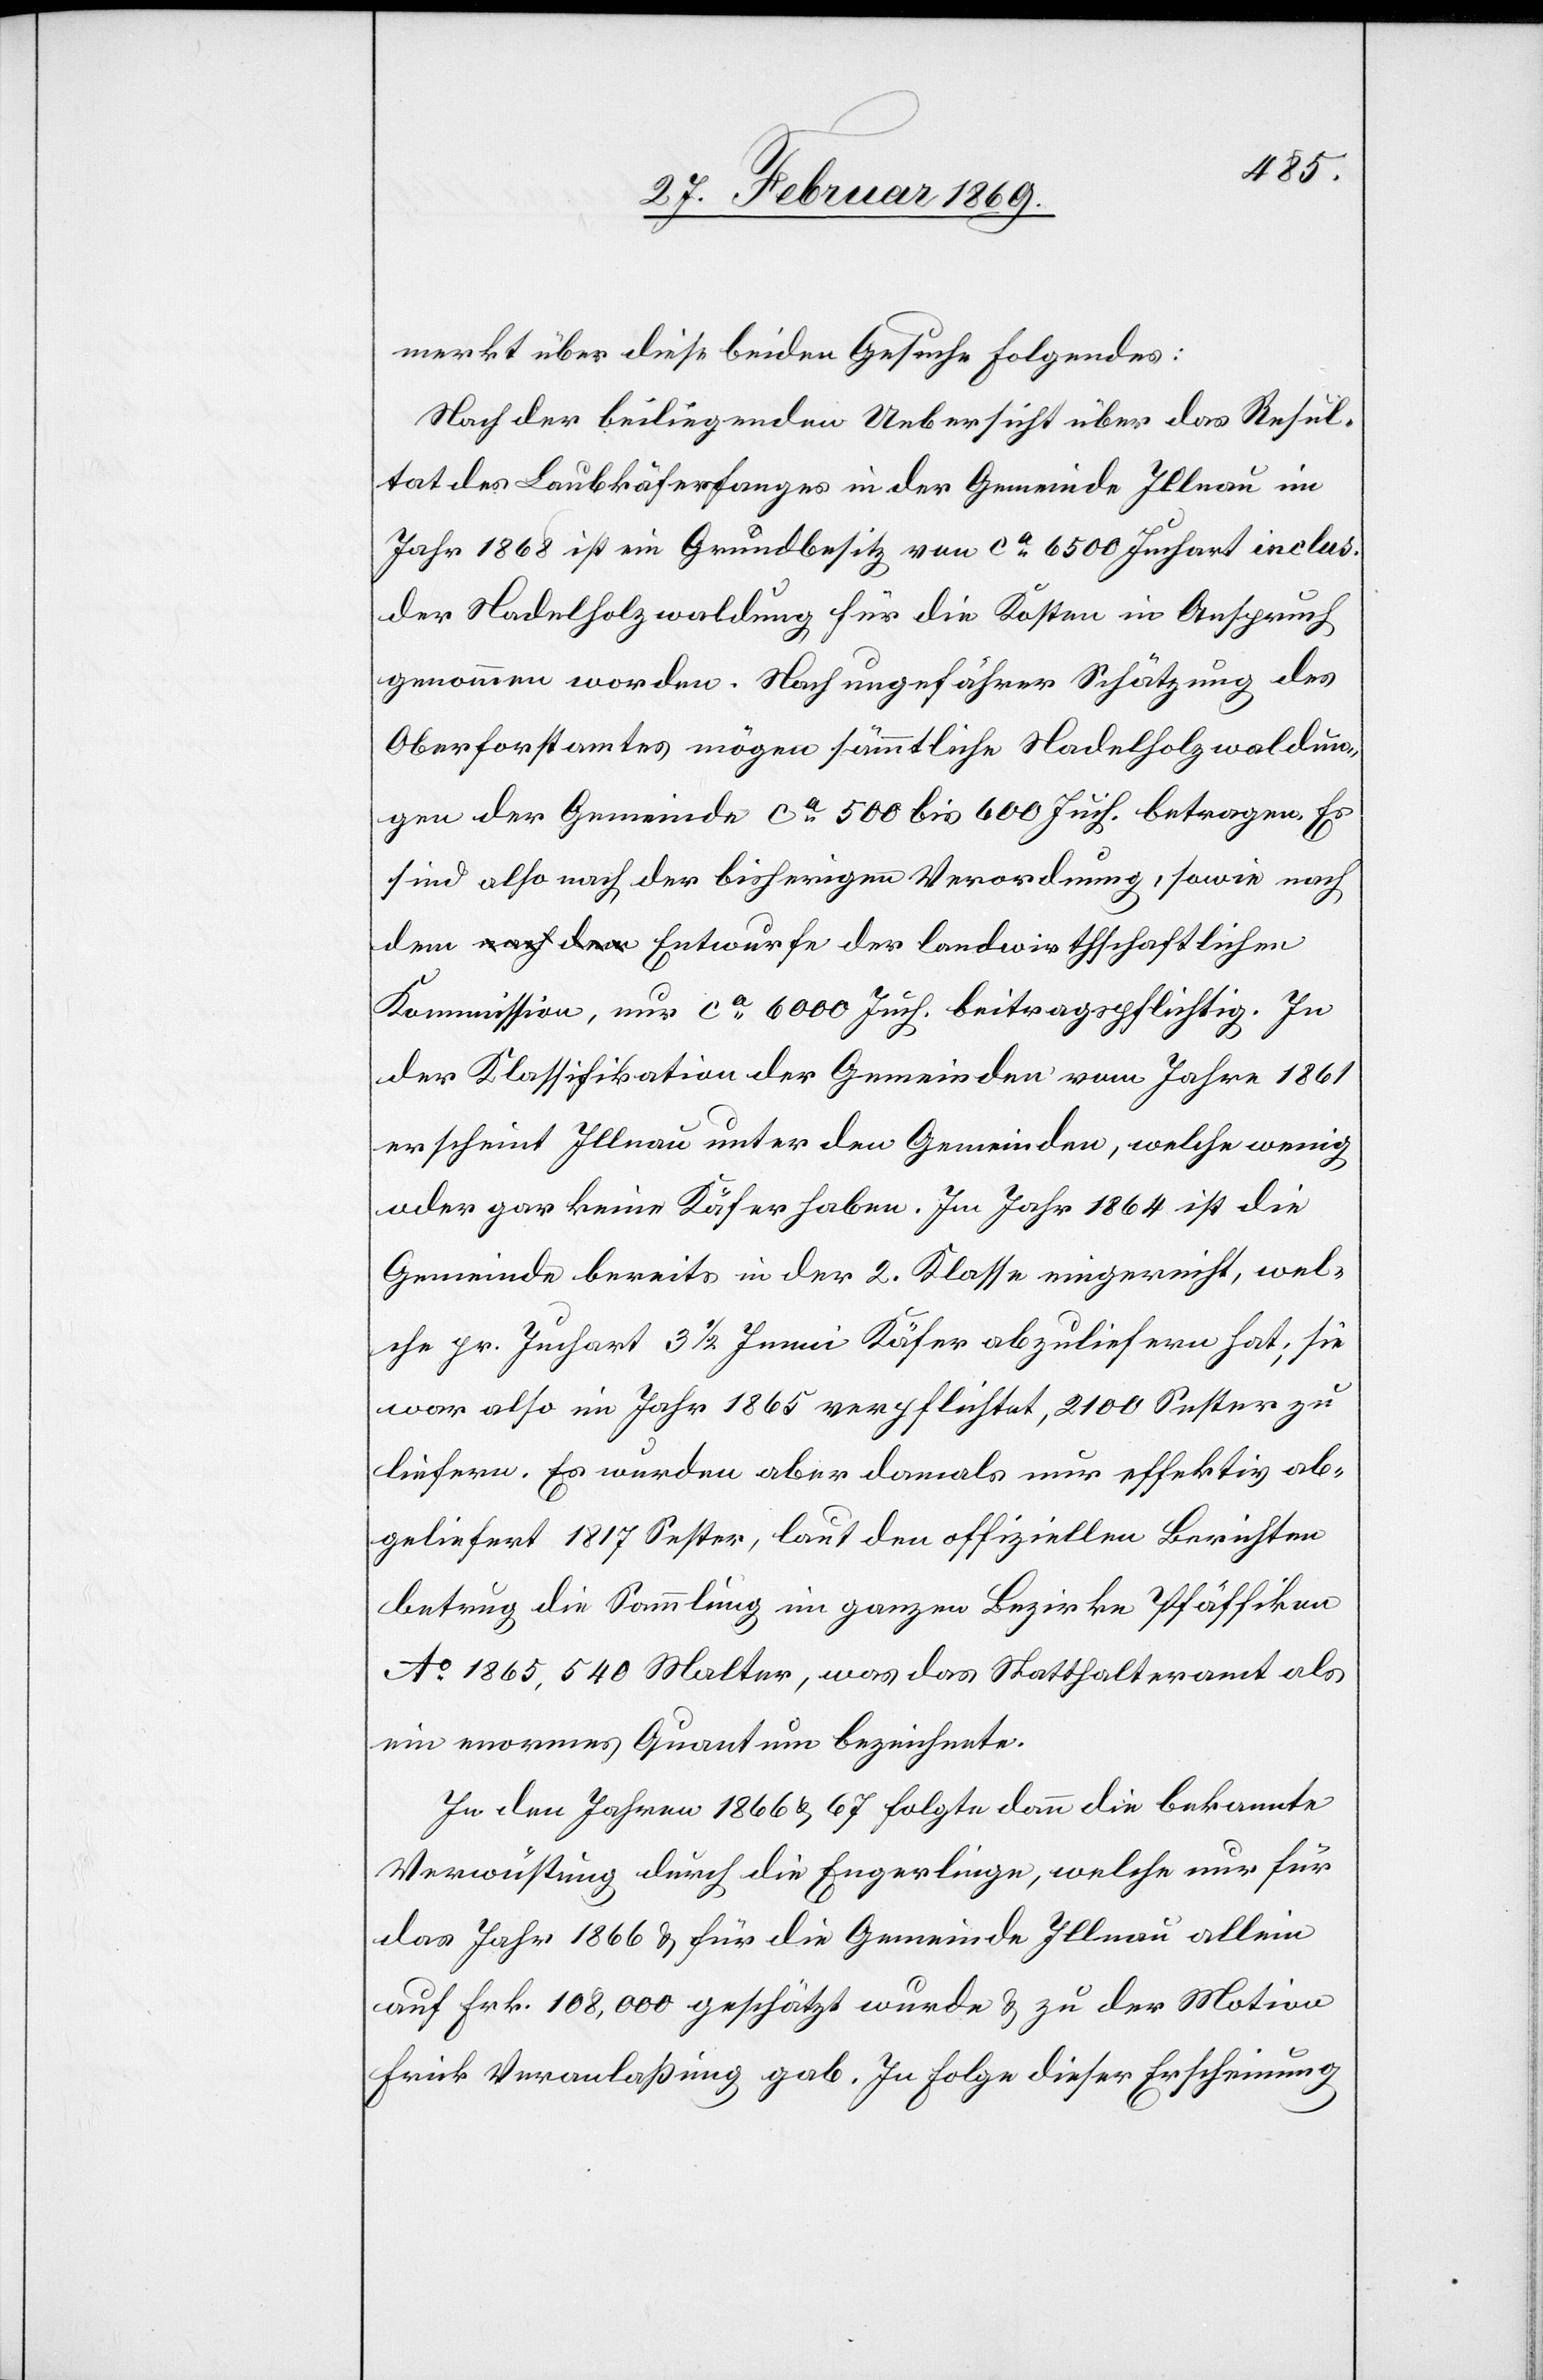
merkt über diese beiden Gesuche Folgendes:
Nach der beiliegenden Uebersicht über das Resul¬
tat des Laubkäferfanges in der Gemeinde Illnau im
Jahr 1868 ist ein Grundbesitz von ca 6500 Juchart inclus.
der Nadelholzwaldung für die Kosten in Anspruch
genommen worden. Nach ungefährer Schätzung des
Oberforstamtes mögen sämmtliche Nadelholzwaldun¬
gen der Gemeinde ca 500 bis 600 Juch. betragen. Es
sind also nach der bisherigen Verordnung, sowie nach
Kommission, nur ca 6000 Juch. beitragspflichtig. In
der Klassifikation der Gemeinden vom Jahre 1861
erscheint Illnau unter den Gemeinden, welche wenig
oder gar keine Käfer haben. Im Jahr 1864 ist die
Gemeinde bereits in der 2 Klasse eingereicht, wel¬
che pr. Juchart 3 1/2 Immi Käfer abzuliefern hat; sie
war also im Jahr 1865 verpflichtet, 2100 Sester zu
liefern. Es wurden aber damals nur effektiv ab¬
geliefert 1817 Sester, laut den offiziellen Berichten
betrug die Sammlung im ganzen Bezirke Pfäffikon
Ao. 1865, 540 Malter, was das Statthalteramt als
ein enormes Quantum bezeichnete.
In den Jahren 1866 & 67 folgte dann die bekannte
Verwüstung durch die Engerlinge, welche nur für
das Jahr 1866 & für die Gemeinde Illnau allein
auf Frk. 108,000 geschätzt wurde & zu der Motion
Frick Veranlaßung gab. In Folge dieser Erscheinung